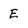
Character: E